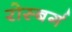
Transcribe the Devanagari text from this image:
रोस्बर्ग